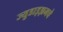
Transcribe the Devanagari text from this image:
ज्युडाइझमचे